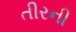
તીરની